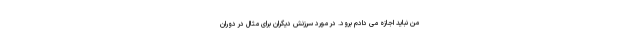
من نباید اجازه می دادم برود. در مورد سرزنش دیگران برای مثال در دوران